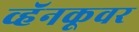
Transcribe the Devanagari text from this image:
व्हॅनकूवर